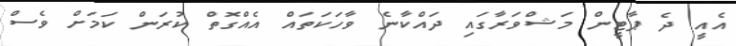
އެއީ ދެ ޕާޓީން މަޝްވަރާގައި ދައްކާނެ ވާހަކަތައް އެއްގޮތް ކުރަން ކަމަށް ވެސް